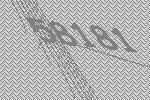
58181